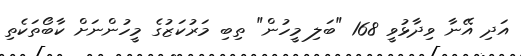
އަދި އޭނާ ވިދާޅުވީ 168 "ބަލި މީހުން" ތިބި މަރުކަޒުގެ މީހުންނަށް ކާބޯތަކެތި